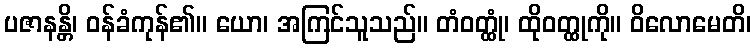
ပဇာနန္တိ၊ ဝန်ခံကုန်၏။ ယော၊ အကြင်သူသည်။ တံဝတ္ထုံ၊ ထိုဝတ္ထုကို။ ဝိလောမေတိ၊